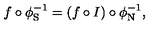
f \circ \phi _ { \mathrm { S } } ^ { - 1 } = ( f \circ I ) \circ \phi _ { \mathrm { N } } ^ { - 1 } ,